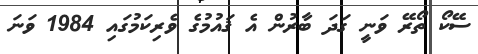
ސޭކޯ ތޯރޭ ވަނީ ގަދަ ބާރުން އެ ޤައުމުގެ ވެރިކަމުގައި 1984 ވަނަ